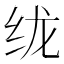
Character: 𱺕